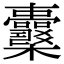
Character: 𣡪